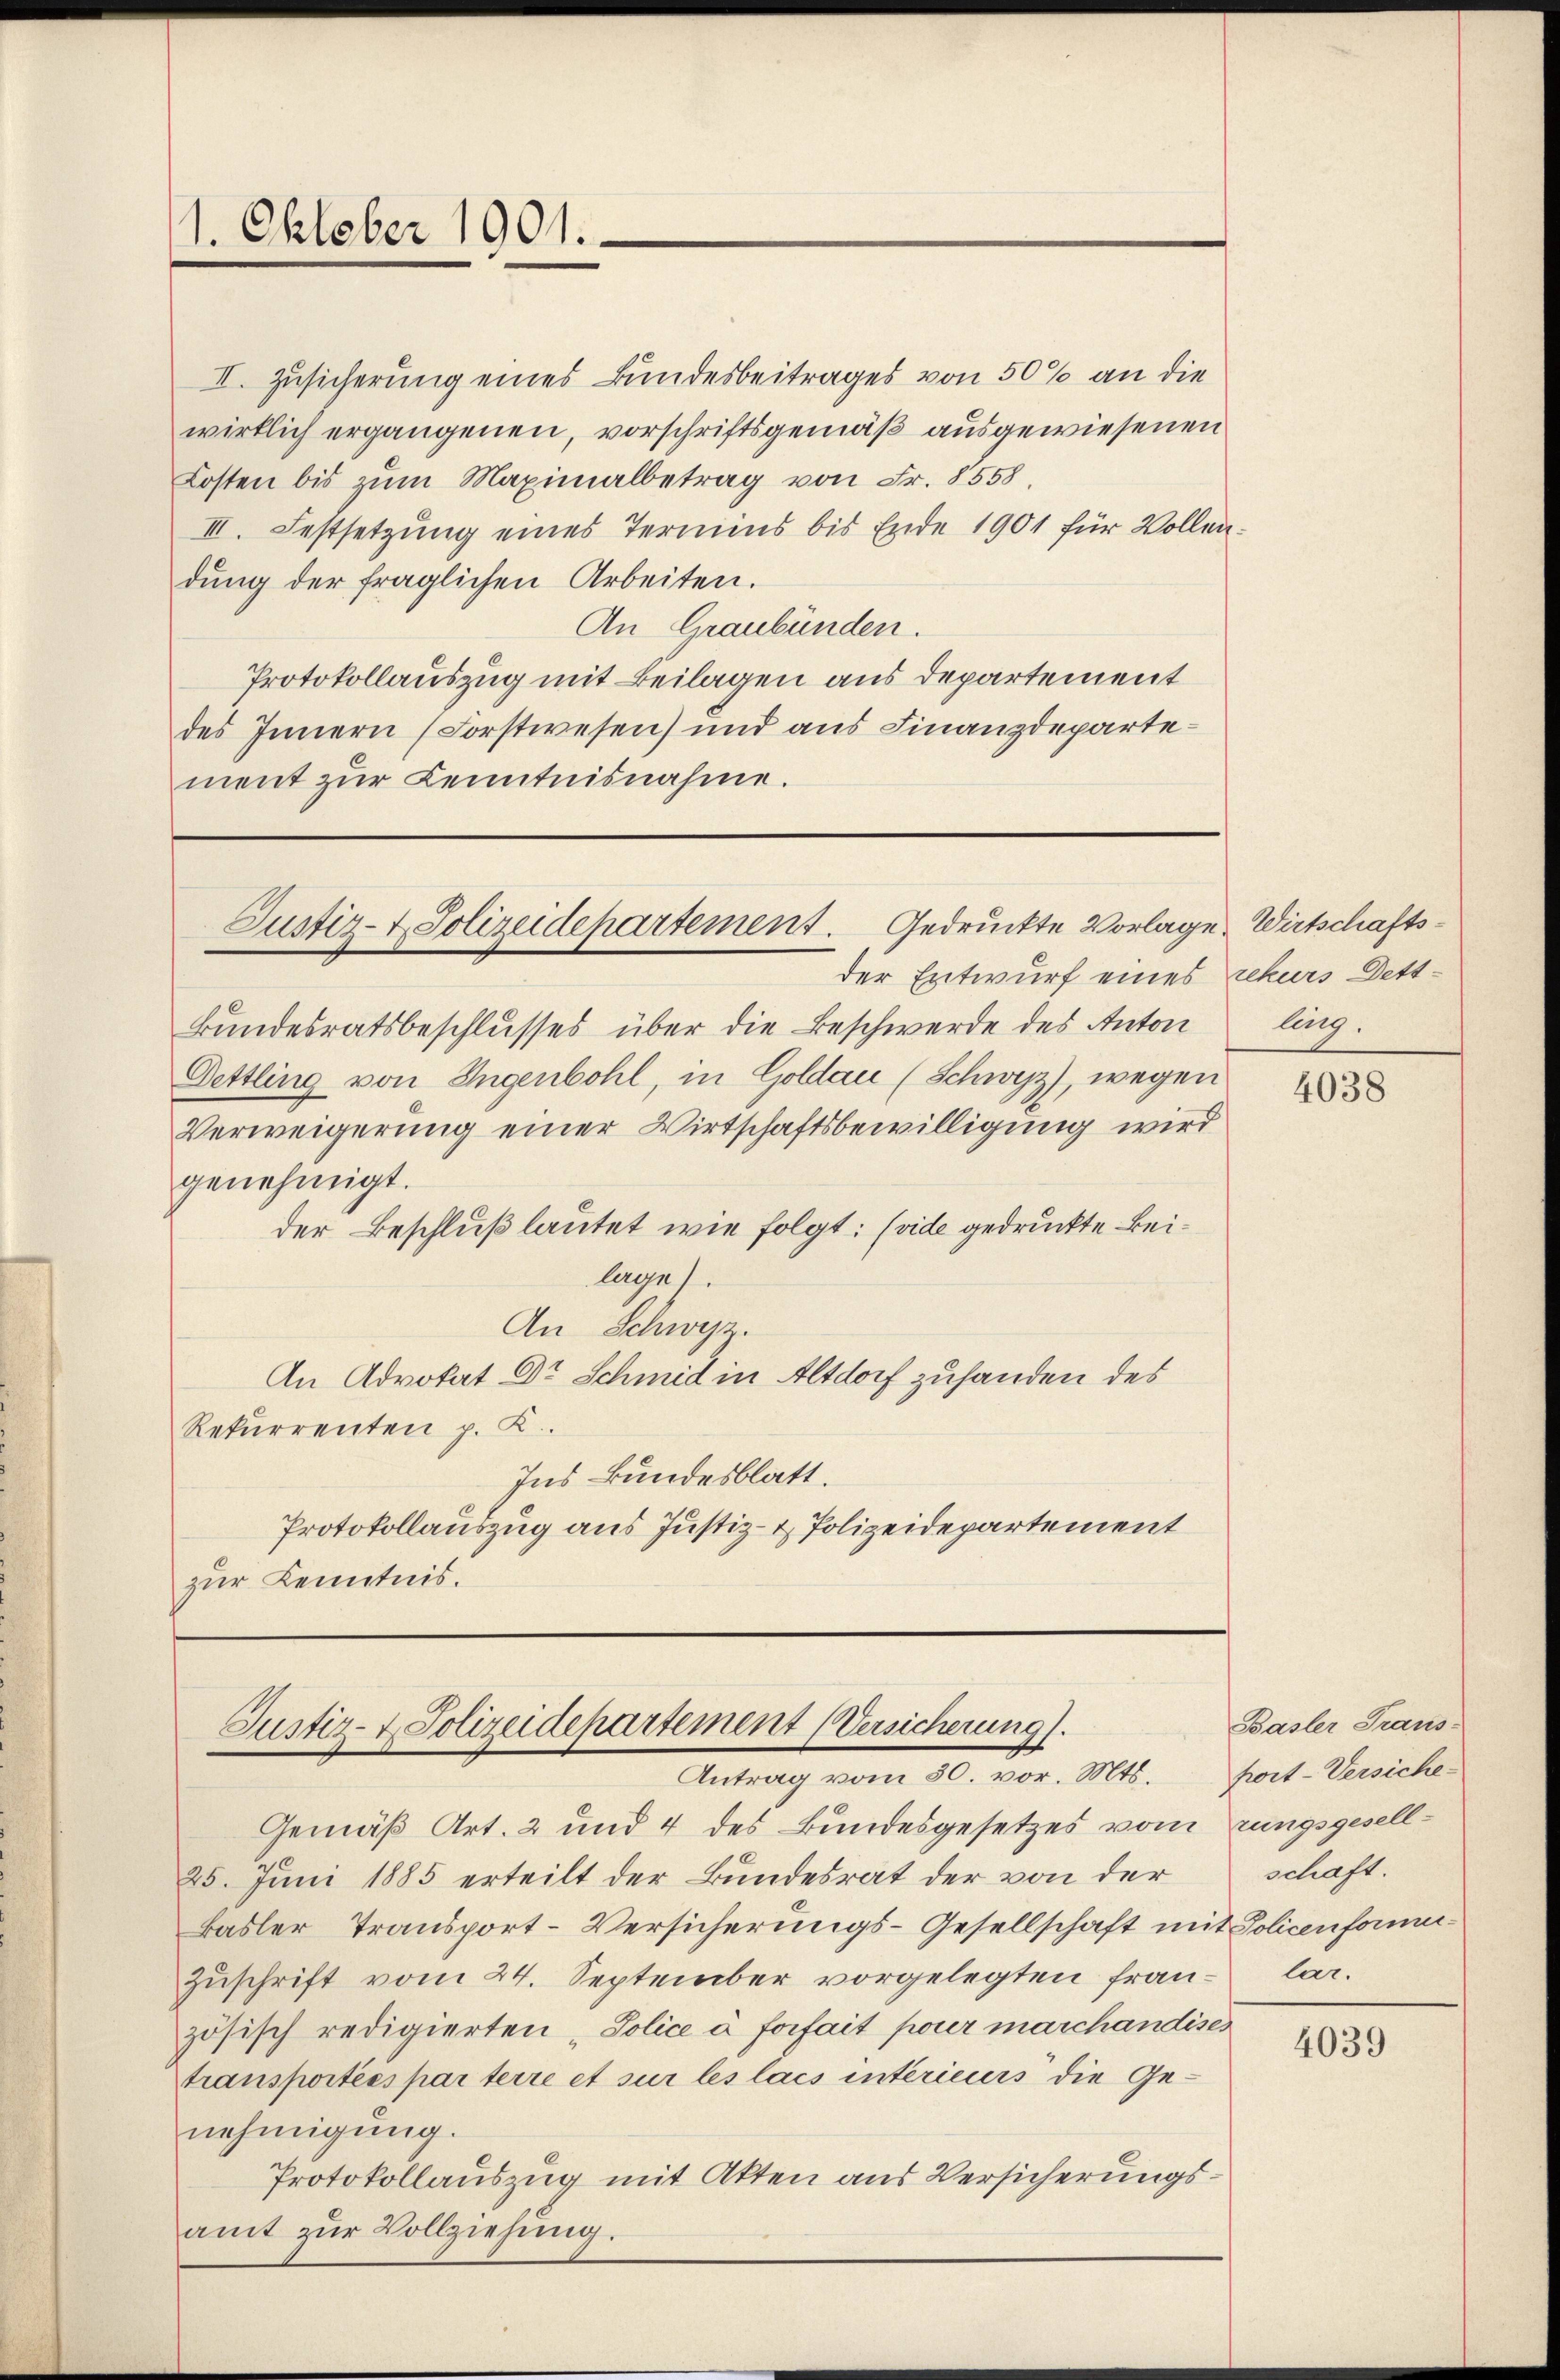
1. Oktober 1901.

Justiz- & Polizeidepartement. Gedruckte Vorlage Wirtschafts¬

Justiz- & Polizeidepartement (Versicherung).
Antrag vom 30. vor. Mts. port-Versiche-

II. Zusicherung eines Bundesbeitrages von 50% an die
wirklich ergangenen, vorschriftsgemäß ausgewiesenen
Kosten bis zum Maximalbetrag von Fr. 8558,
II. Festsetzung eines Termins bis Ende 1901 für Vollendŭng der fraglichen Arbeiten.
An Graubünden.
Protokollauszug mit Beilagen aus Departement
des Innern (Forstwesen) und aus Finanzdepartement zur Kenntnisnahme.

Bundesratsbeschlusses über die Beschwerde des Anton
Oettling von Ungenbohl, in Goldau (Schwyz), wegen
Verweigerung einer Wirtschaftsbewilligung wird
genehmigt.
der Beschluß lautet wie folgt: (vide gedruckte Beilages.
An Schwyz.
An Advokat Dr Schmid in Altdorf zuhanden des
Rekurrenten p. K.
Ins Bundesblatt.
Protokollauszug aus Justiz- & Polizeidepartement
zur Kenntnis.

der Entwurf eines rekurs Dett¬

Gemäß Art. 2 und 4 des Bundesgesetzes vom rungsgesell¬
25. Juni 1885 erteilt der Bundesrat der von der
Basler Transport-Versicherungs-Gesellschaft mit Policenform-
Zuschrift vom 24. September vorgelegten französisch redigierten „Police à forfait pour marchandisch
Stransportées par terre et sur les lais intérieurs die Ge-
nehmigung.
Protokollauszug mit Akten aus Versicherungsamt zur Vollziehung.

ling.

4038

Basler Trans-
schaft.
lar.

4039